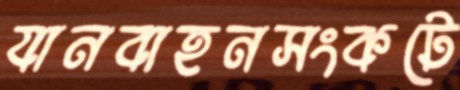
যানবাহনসংকটে